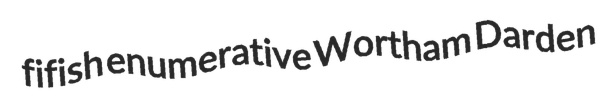
fifish enumerative Wortham Darden